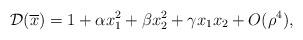
LaTeX: \begin{align*} \mathcal{D}(\overline{x})=1+\alpha x_1^2 + \beta x_2^2 + \gamma x_1 x_2 + O(\rho^4), \end{align*}